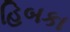
હિબકા